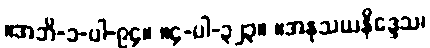
။အဘိ-၁-ပါ-၉၄။ ။၄-ပါ-၃၂၃။ ။အနုသယနိဒ္ဒေသ၊